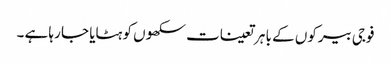
فوجی بیرکوں کے با ہر تعینات سکھوں کو ہٹایا جا رہا ہے ۔